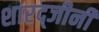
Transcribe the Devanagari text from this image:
शारद्जीनी